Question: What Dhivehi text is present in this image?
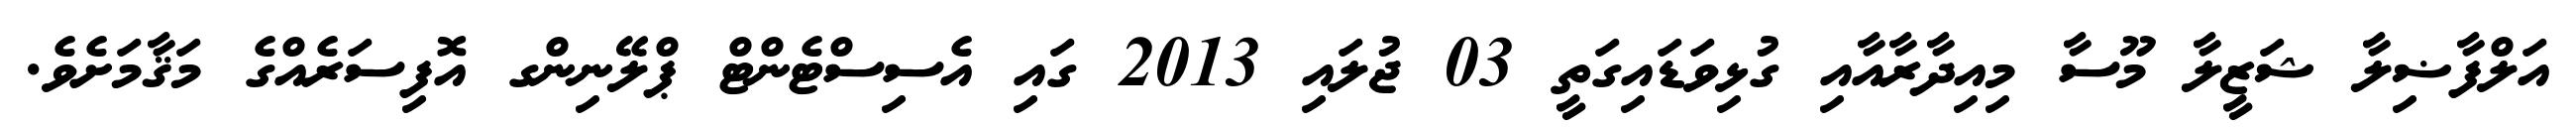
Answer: އަލްފާޟިލާ ޝަޒީލާ މޫސާ މިއިދާރާއާއި ގުޅިވަޑައިގަތީ 03 ޖުލައި 2013 ގައި އެސިސްޓެންޓް ޕްލޭނިންގ އޮފިސަރެއްގެ މަޤާމަށެވެ.